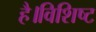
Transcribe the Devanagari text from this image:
है।विशिष्ट